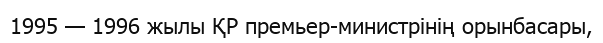
1995 — 1996 жылы ҚР премьер-министрінің орынбасары,